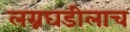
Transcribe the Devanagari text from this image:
लग्नघडीलाच